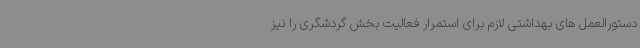
دستورالعمل های بهداشتی لازم برای استمرار فعالیت بخش گردشگری را نیز